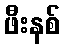
ဖီးနစ်